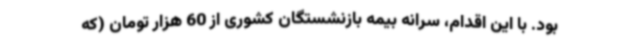
بود. با این اقدام، سرانه بیمه بازنشستگان کشوری از 60 هزار تومان (که